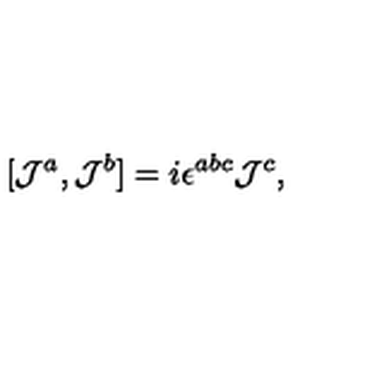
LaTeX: [ { \cal J } ^ { a } , { \cal J } ^ { b } ] = i \epsilon ^ { a b c } { \cal J } ^ { c } ,